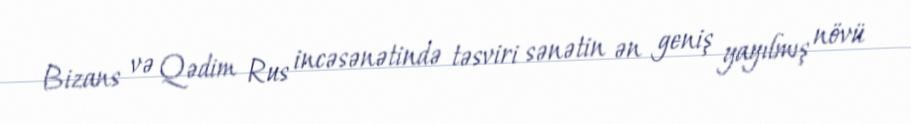
Bizans və Qədim Rus incəsənətində təsviri sənətin ən geniş yayılmış növü